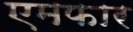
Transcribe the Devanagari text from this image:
एमफार